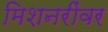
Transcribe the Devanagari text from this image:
मिशनरींवर